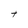
Character: t